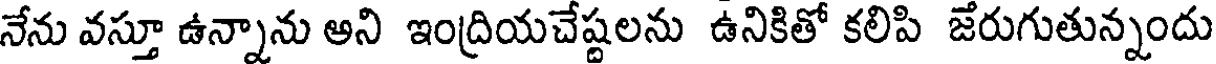
నేను వస్తూ ఉన్నాను అని ఇంద్రియచేష్టలను ఉనికితో కలిపి జేరుగుతున్నందు